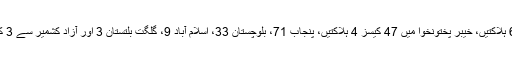
سندھ میں 150 کیسز 6 ہلاکتیں، خیبر پختونخوا میں 47 کیسز 4 ہلاکتیں، پنجاب 71، بلوچستان 33، اسلام آباد 9، گلگت بلتستان 3 اور آزاد کشمیر سے 3 کیسز رپورٹ ہوئے ہیں۔